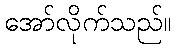
အော်လိုက်သည်။